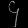
Digit: ၄